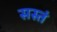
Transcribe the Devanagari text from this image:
सस्तं